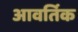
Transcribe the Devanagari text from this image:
आवर्तिक